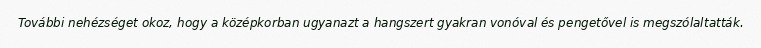
További nehézséget okoz, hogy a középkorban ugyanazt a hangszert gyakran vonóval és pengetővel is megszólaltatták.